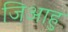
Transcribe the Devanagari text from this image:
जिआहु